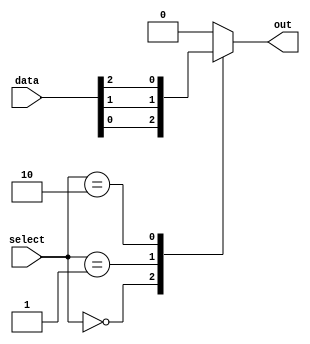
module mux_64_to_1 (
    input [63:0] data,
    input [5:0] select,
    output reg out
);

always @* begin
    case (select)
        6'h00: out = data[0];
        6'h01: out = data[1];
        6'h02: out = data[2];
        // Continue with cases for all 64 input data lines
        default: out = 0; // Output 0 if select signal is invalid
    endcase
end

endmodule